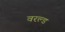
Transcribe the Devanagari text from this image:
वरल्ड